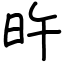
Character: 旿